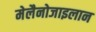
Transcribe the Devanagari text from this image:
मेलैनोजाइलान